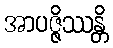
အာပဇ္ဇိဿန္တိ